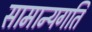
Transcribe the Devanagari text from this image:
सामान्यगति